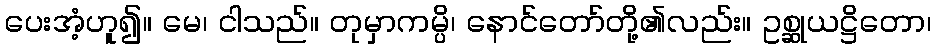
ပေးအံ့ဟူ၍။ မေ၊ ငါသည်။ တုမှာကမ္ပိ၊ နောင်တော်တို့၏လည်း။ ဥစ္ဆုယဋ္ဌိတော၊